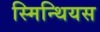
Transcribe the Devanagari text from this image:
स्मिन्थियस